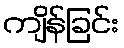
ကျိန်ခြင်း